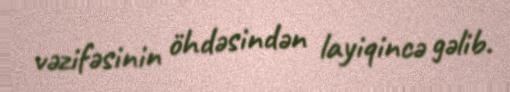
vəzifəsinin öhdəsindən layiqincə gəlib.